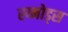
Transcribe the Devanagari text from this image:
स्य्नोड्स